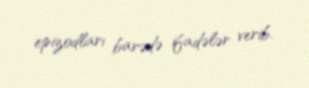
epizodları barədə ifadələr verib.